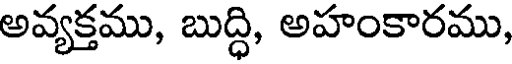
అవ్యక్తము, బుద్ధి, అహంకారము,